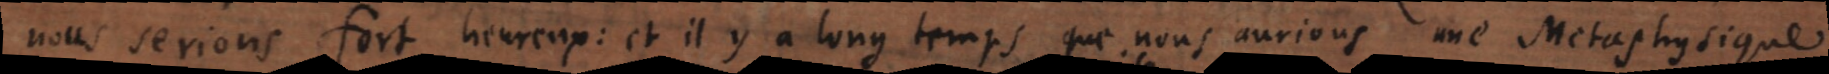
nous serions fort heureux: et il y a long temps que nous aurions une Metaphysique